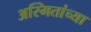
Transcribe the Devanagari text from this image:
अस्मितांच्या